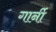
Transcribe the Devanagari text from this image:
गार्नी